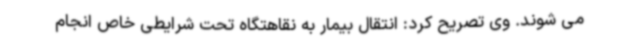
می شوند. وی تصریح کرد: انتقال بیمار به نقاهتگاه تحت شرایطی خاص انجام